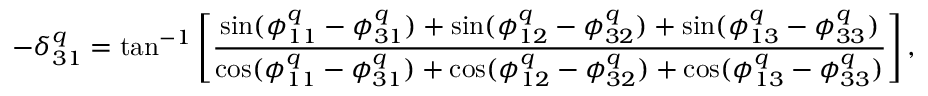
- \delta _ { 3 1 } ^ { q } = \tan ^ { - 1 } \left[ \displaystyle { \frac { \sin ( \phi _ { 1 1 } ^ { q } - \phi _ { 3 1 } ^ { q } ) + \sin ( \phi _ { 1 2 } ^ { q } - \phi _ { 3 2 } ^ { q } ) + \sin ( \phi _ { 1 3 } ^ { q } - \phi _ { 3 3 } ^ { q } ) } { \cos ( \phi _ { 1 1 } ^ { q } - \phi _ { 3 1 } ^ { q } ) + \cos ( \phi _ { 1 2 } ^ { q } - \phi _ { 3 2 } ^ { q } ) + \cos ( \phi _ { 1 3 } ^ { q } - \phi _ { 3 3 } ^ { q } ) } } \right] ,